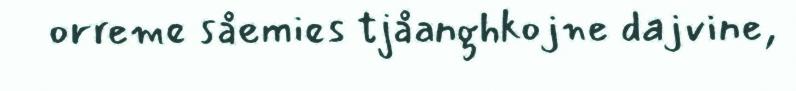
orreme såemies tjåanghkojne dajvine,